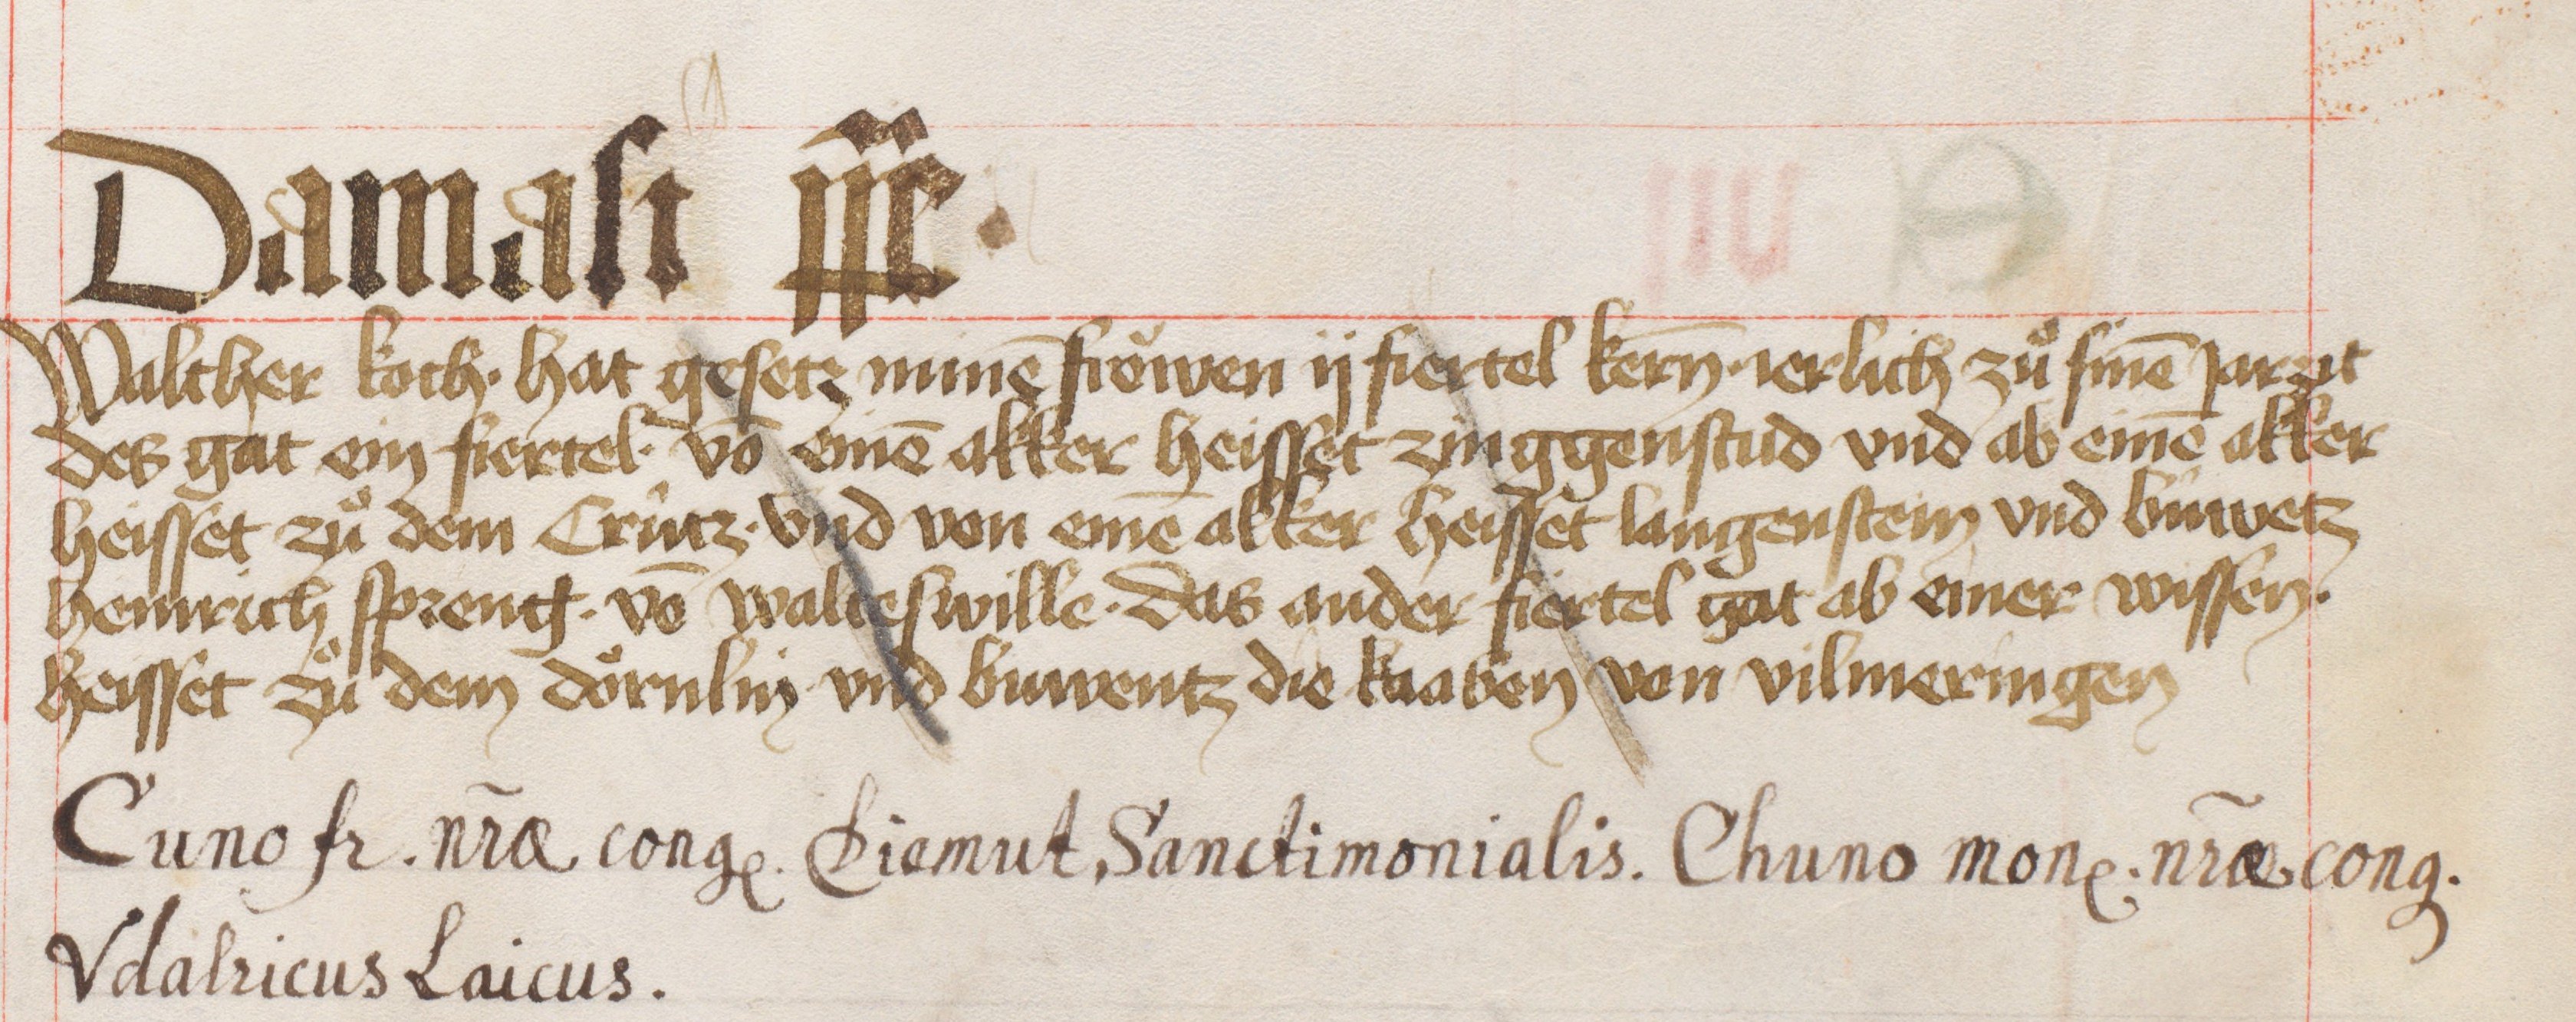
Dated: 1441–1441